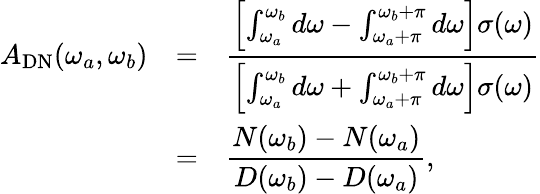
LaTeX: \begin{array}{rcl}{{A_{\mathrm{DN}}(\omega_{a},\omega_{b})}}&{{=}}&{{\displaystyle\frac{\left[\int_{\omega_{a}}^{\omega_{b}}d\omega-\int_{\omega_{a}+\pi}^{\omega_{b}+\pi}d\omega\right]\sigma(\omega)}{\left[\int_{\omega_{a}}^{\omega_{b}}d\omega+\int_{\omega_{a}+\pi}^{\omega_{b}+\pi}d\omega\right]\sigma(\omega)}}}\\ {{}}&{{=}}&{{\displaystyle\frac{N(\omega_{b})-N(\omega_{a})}{D(\omega_{b})-D(\omega_{a})},}}\end{array}